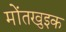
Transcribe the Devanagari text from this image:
मोंतखुइक